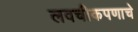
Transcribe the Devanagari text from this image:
लवचीकपणाचे